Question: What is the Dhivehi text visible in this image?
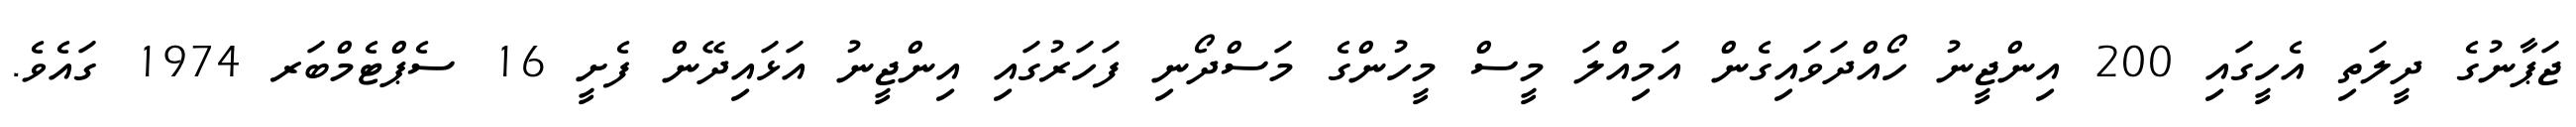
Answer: ޖަޕާނުގެ ދީލަތި އެހީގައި 200 އިންޖީނު ހޯއްދަވައިގެން އަމިއްލަ މީސް މީހުންގެ މަސްދޯނި ފަހަރުގައި އިންޖީނު އަޅައިދޭން ފެށީ 16 ސެޕްޓެމްބަރ 1974 ގައެވެ.